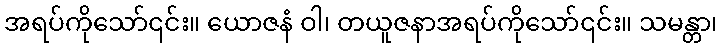
အရပ်ကိုသော်၎င်း။ ယောဇနံ ဝါ၊ တယူဇနာအရပ်ကိုသော်၎င်း။ သမန္တာ၊